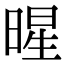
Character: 暒